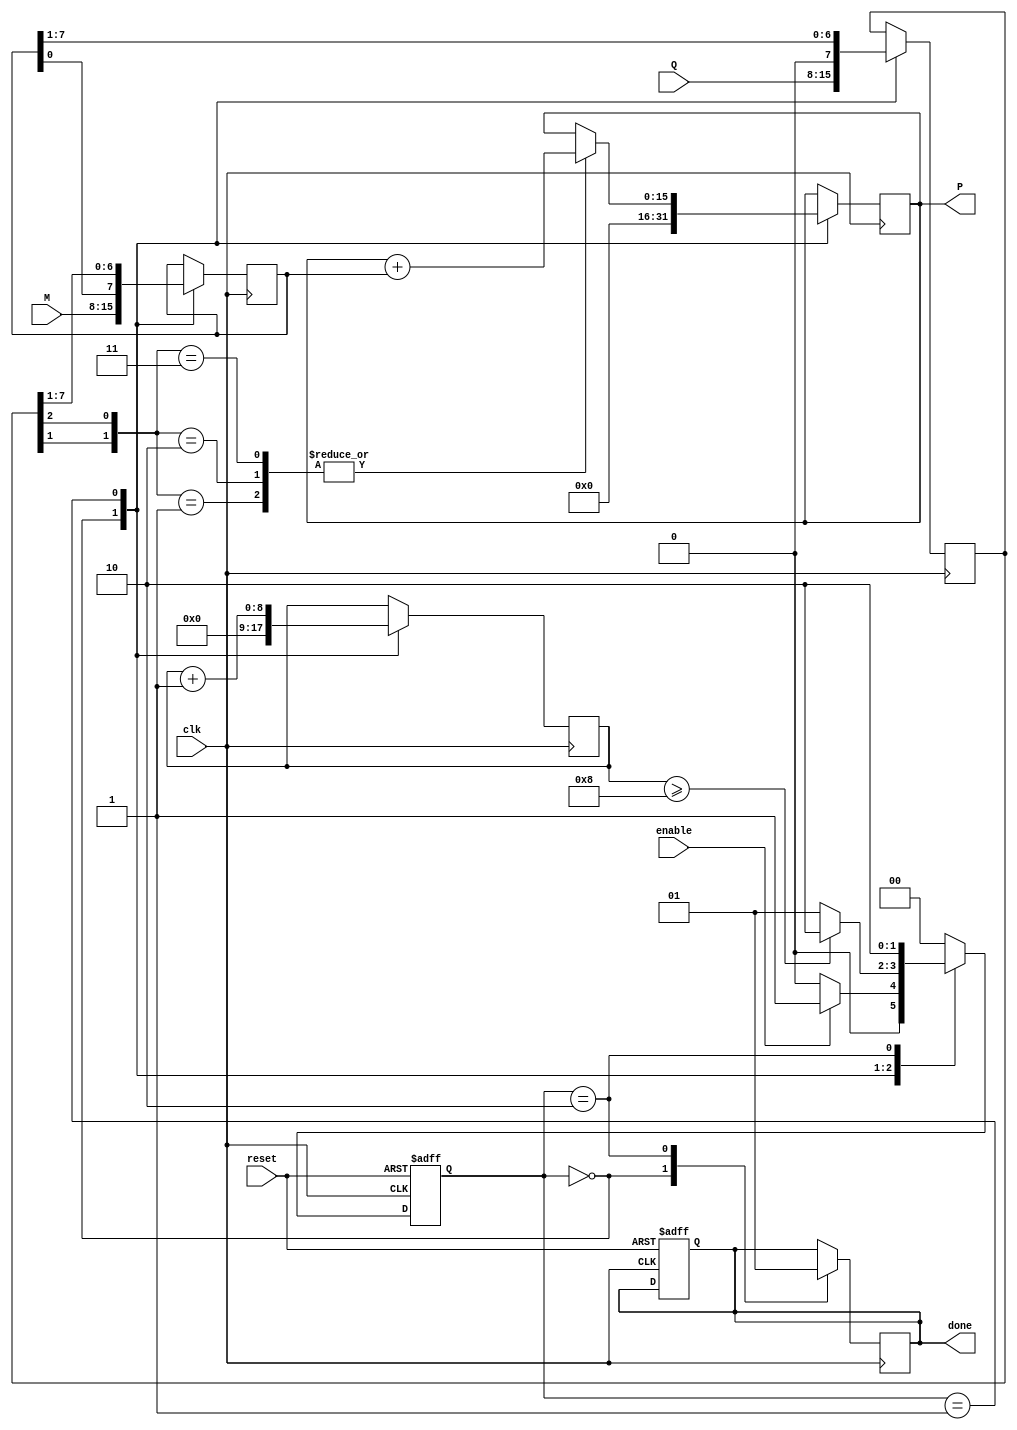
module modified_booth_multiplier #(parameter WIDTH = 8) (
    input wire clk,
    input wire reset,
    input wire enable,
    input wire signed [WIDTH-1:0] M, // Multiplicand
    input wire signed [WIDTH-1:0] Q, // Multiplier
    output reg signed [2*WIDTH-1:0] P, // Product
    output reg done // Status signal for completion
);

// State definitions
localparam STATE_IDLE = 2'b00;
localparam STATE_CALCULATE = 2'b01;
localparam STATE_DONE = 2'b10;

reg [1:0] current_state, next_state;

// Registers for calculation
reg signed [WIDTH-1:0] A; // Accumulator
reg signed [WIDTH-1:0] Q_reg; // Multiplier register
reg [WIDTH:0] count; // Counter for bits processed

// Booth encoding for partial products generation
wire [1:0] booth_code;
assign booth_code = {Q_reg[0], Q_reg[1], Q_reg[2]};

// Control Logic for state transitions
always @(posedge clk or posedge reset) begin
    if (reset) begin
        current_state <= STATE_IDLE;
        done <= 0;
    end else begin
        current_state <= next_state;
    end
end

// Main state machine
always @(*) begin
    case (current_state)
        STATE_IDLE: begin
            if (enable) begin
                next_state = STATE_CALCULATE;
            end else begin
                next_state = STATE_IDLE;
            end
        end
        STATE_CALCULATE: begin
            if (count >= WIDTH) begin
                next_state = STATE_DONE;
            end else begin
                next_state = STATE_CALCULATE;
            end
        end
        STATE_DONE: begin
            next_state = STATE_DONE; // Stay in done state
        end
        default: next_state = STATE_IDLE;
    endcase
end

// Sequential Logic
always @(posedge clk) begin
    case (current_state)
        STATE_IDLE: begin
            P <= 0; // Initialize product
            A <= M; // Load multiplicand
            Q_reg <= Q; // Load multiplier
            count <= 0; // Reset the bit counter
            done <= 0;
        end
        STATE_CALCULATE: begin
            case (booth_code)
                3'b001: P <= P + A;      // Add multiplicand
                3'b010: P <= P + A;      // Add multiplicand
                3'b011: P <= P + A;      // Add multiplicand
                3'b101: P <= P - A;      // Subtract multiplicand
                3'b110: P <= P - A;      // Subtract multiplicand
                default: ;                // No operation
            endcase
            
            // Shift right operation
            {Q_reg, A} <= {A, Q_reg} >> 1; // Shift both A and Q_reg together
            count <= count + 1; // Increment the bit counter
        end
        STATE_DONE: begin
            done <= 1; // Indicate completion
        end
    endcase
end

endmodule